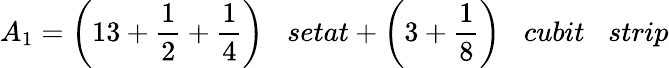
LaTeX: A_{1}={\bigg(}13+{\frac{1}{2}}+{\frac{1}{4}}{\bigg)}\; \; \; setat+{\bigg(}3+{\frac{1}{8}}{\bigg)}\; \; \; cubit\; \; \; strip